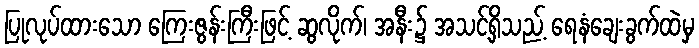
ပြုလုပ်ထားသော ကြေးဇွန်းကြီးဖြင့် ဆွလိုက်၊ အနီး၌ အသင့်ရှိသည့် ရေနံချေးခွက်ထဲမှ